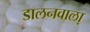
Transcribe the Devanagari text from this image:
डालनवाला़